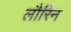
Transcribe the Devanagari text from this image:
लौरिन